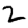
Digit: 2